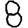
Digit: 8